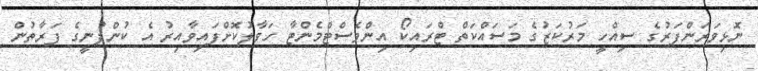
ނޮޅިވަރަންފަރުގެ ސިއްހީ މަރުކަޒުގެ މަސައްކަތް ޓްރައިކޯ އިންވެސްޓްމެންޓާ ހަވާލުކޮށްފައިވާއިރު އެ ކުންފުނީގެ ފަރާތުން